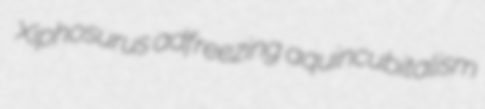
Xiphosurus adfreezing aquincubitalism